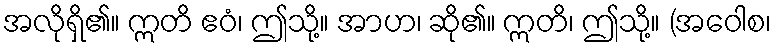
အလိုရှိ၏။ ဣတိ ဧဝံ၊ ဤသို့။ အာဟ၊ ဆို၏။ ဣတိ၊ ဤသို့။ (အဝေါစ၊